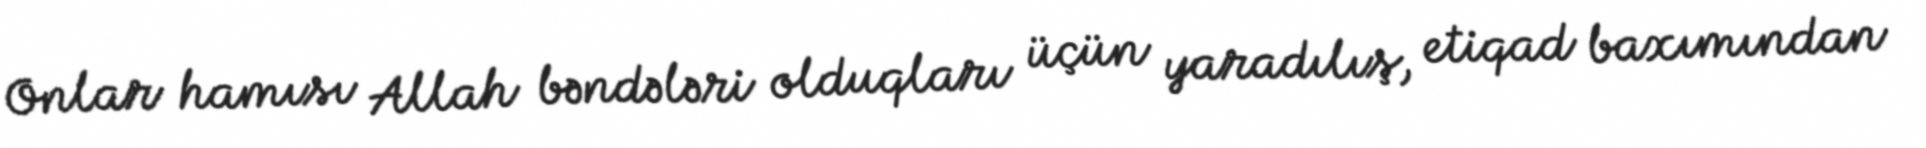
Onlar hamısı Allah bəndələri olduqları üçün yaradılış, etiqad baxımından